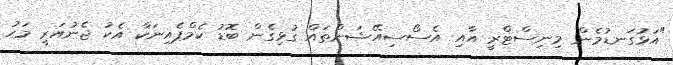
"އަޅުގަނޑުމެން މިނިސްޓްރީ އާއި އެސޯސިއޭޝަންތައް ގުޅިގެން ބޮޑު ކެމްޕެއިނަކާ އެކު ޖެނުއަރީ މަހު